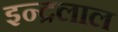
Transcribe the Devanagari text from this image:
इन्द्रलाल